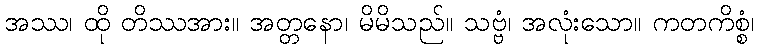
အဿ၊ ထို တိဿအား။ အတ္တနော၊ မိမိသည်။ သဗ္ဗံ၊ အလုံးသော။ ကတကိစ္စံ၊